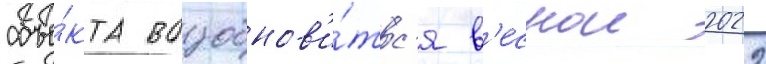
объе́кта возобнов'и́тс'я в'еснои 2022